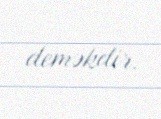
deməkdir.